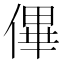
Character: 𠌫